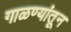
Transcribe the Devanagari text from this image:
गाळण्यांतून